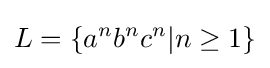
L=\{a^{n}b^{n}c^{n}|n\geq 1\}